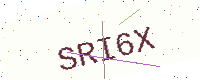
Text: SRI6X